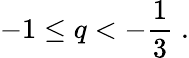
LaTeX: -1\le q<-\frac{1}{3}\; .